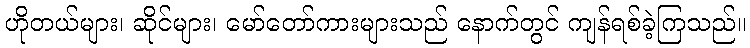
ဟိုတယ်များ၊ ဆိုင်များ၊ မော်တော်ကားများသည် နောက်တွင် ကျန်ရစ်ခဲ့ကြသည်။